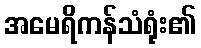
အမေရိကန်သံရုံး၏